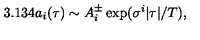
3 . 1 3 4 { a _ { i } } ( \tau ) \sim A _ { i } ^ { \pm } \exp ( \sigma ^ { i } | \tau | / T ) ,